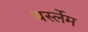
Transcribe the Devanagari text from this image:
बर्स्लेम